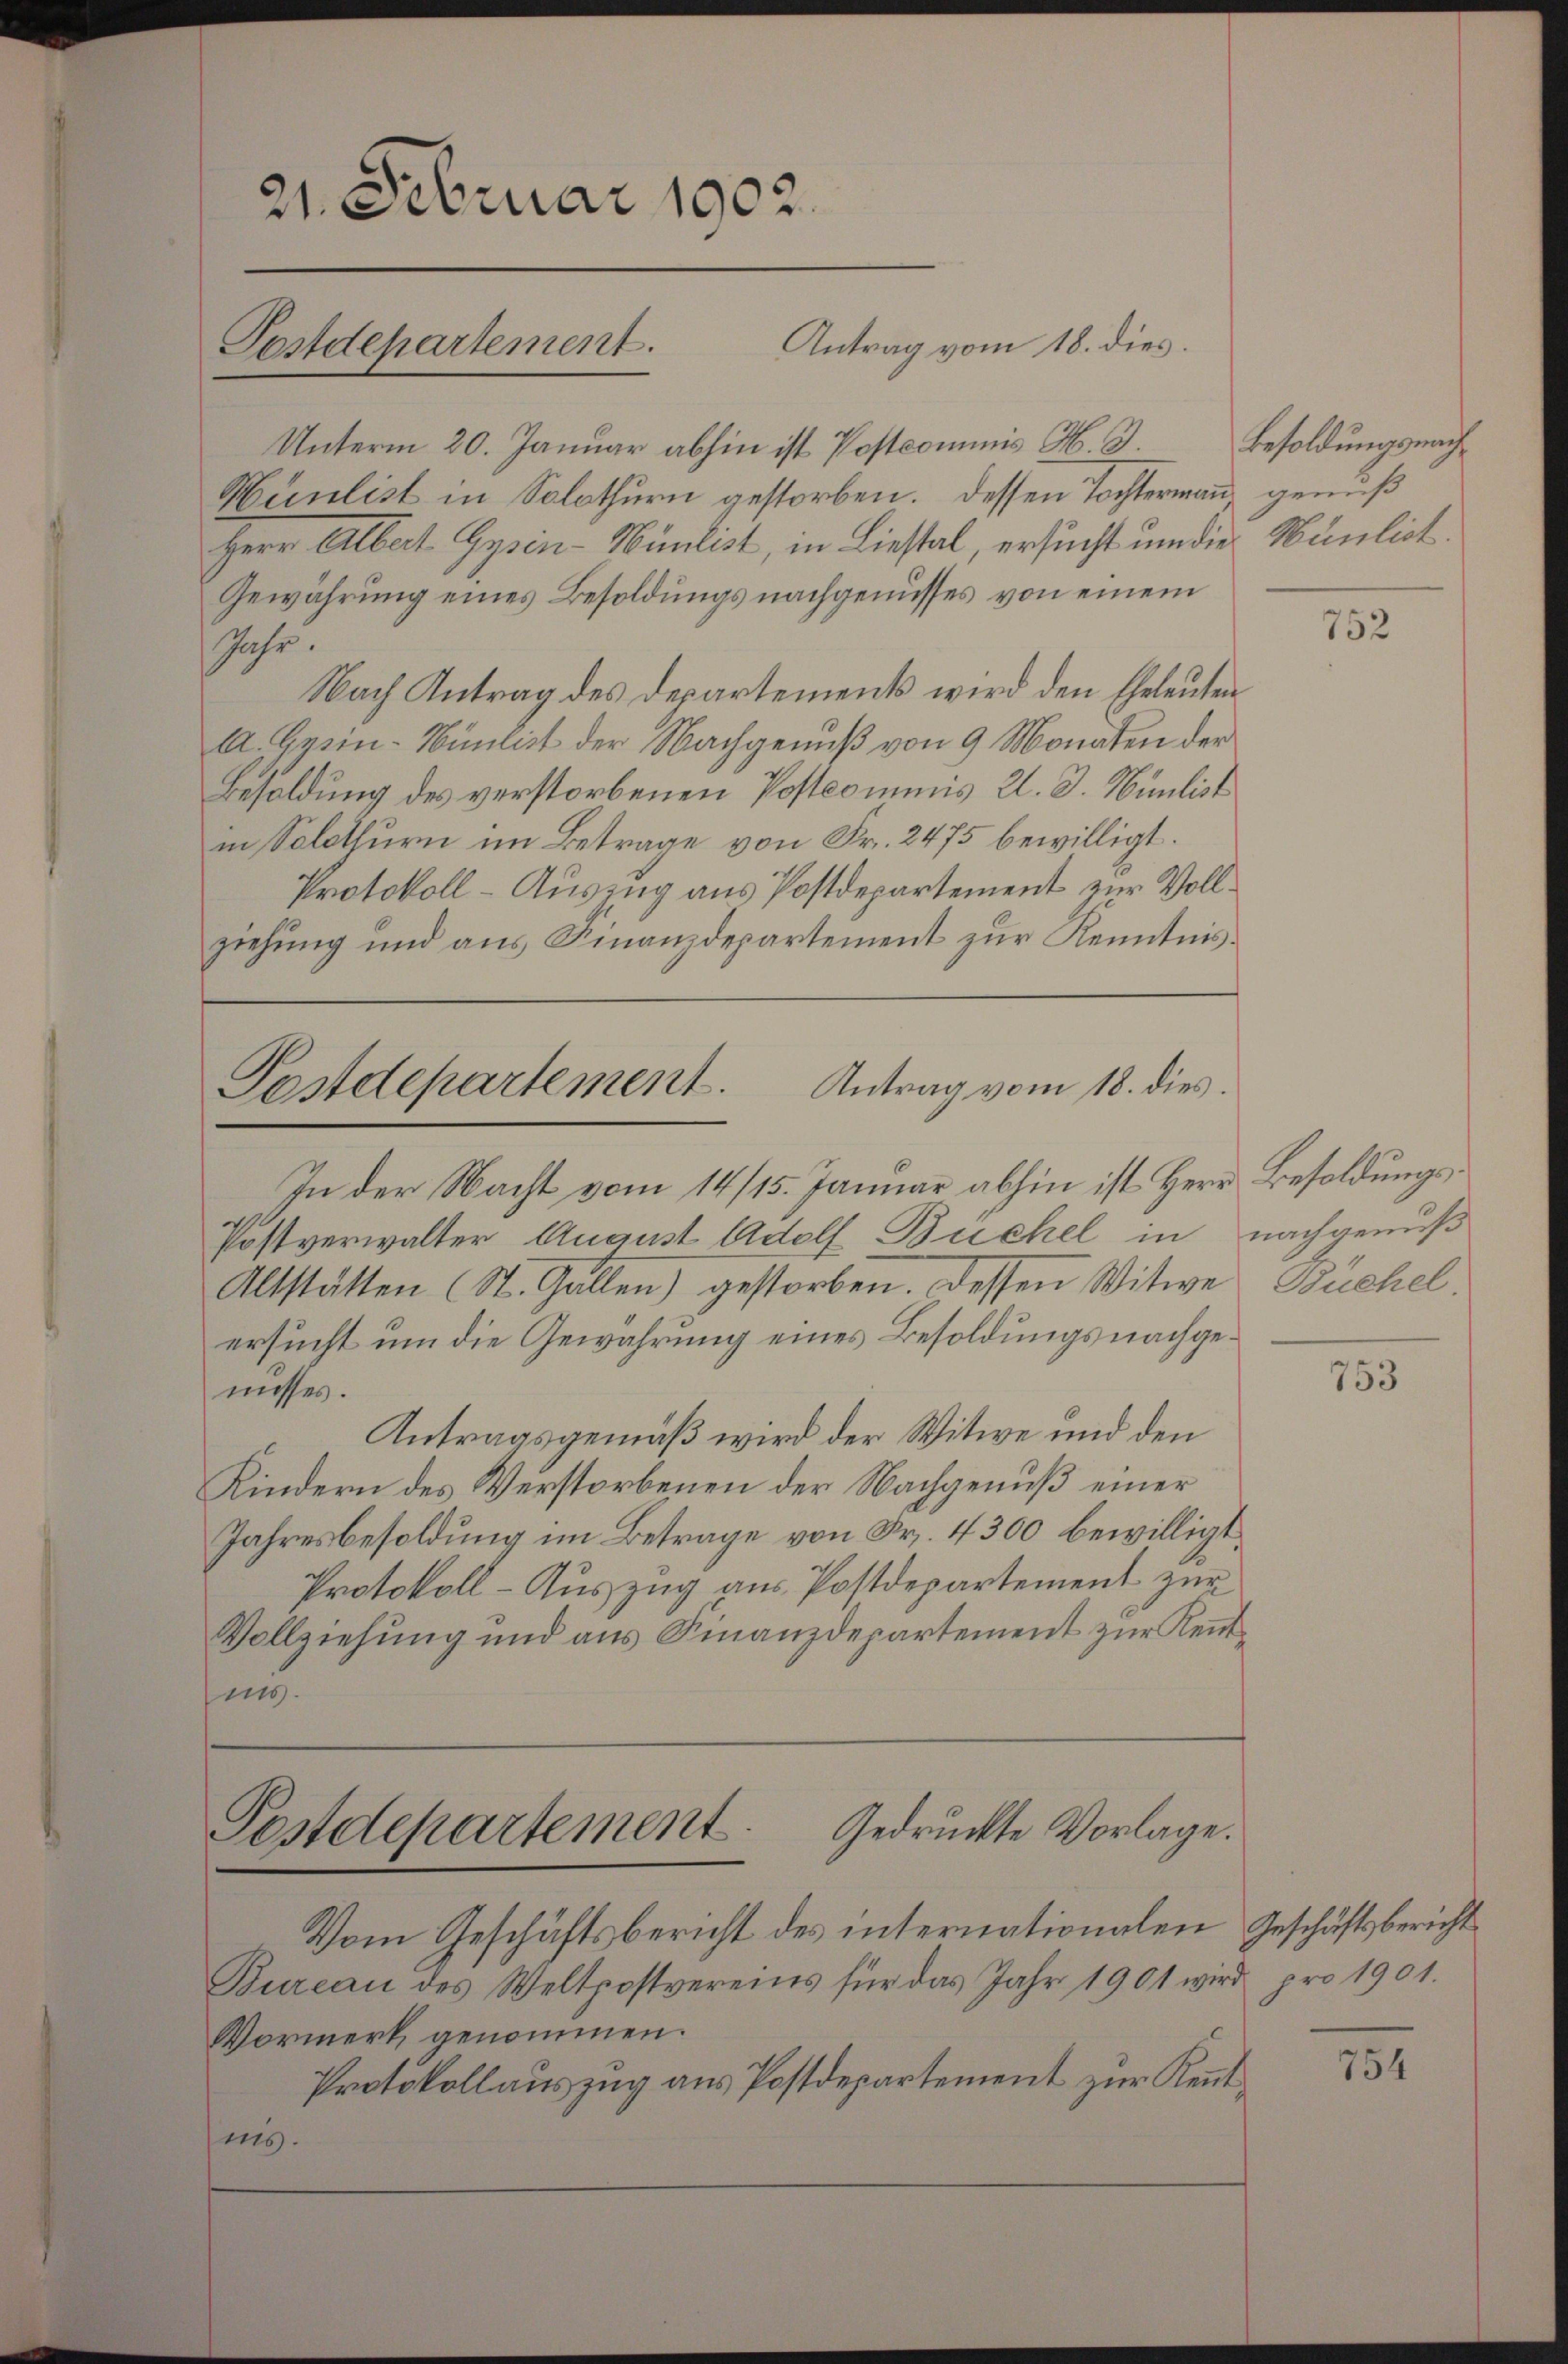
21. Februar 1902.

Pestdepartement.

Antrag vom 18. dies

Unterm 20. Januar abhin ist Postcommis H. Besoldungsnach¬
Hünlist in Solothurn gestorben. Dessen Tochtermann, genuß
Herr Albat Gysin-Hünlist, in Liestal, ersucht um die Hänlist
Gewährung eines Besoldungs nachgenusses von einem
Jahr.
Nach Antrag des Departements wird den Eheleuten
A. Gysin-Nünlist der Nachgenuß von 9 Monaten der
Besoldung des verstorbenen Postcommis 2. d. Nünlist
in Solothurn im Betrage von Fr. 2475 bewilligt.
Protokoll-Auszug aus Postdepartement zur Vollziehung und aus Finanzdepartement zur Kenntnis¬

Postdepartement. Antrag vom 18. dies

Gedruckte Vorlage.
Postdepartement

Vom Geschäftsbericht des internationalen Geschäftsbericht
Bureau des Weltpostvereins für das Jahr 1901 wird pro 1901.
Vormerk genommen.
Protokollauszug aus Postdepartement zur Kenntis.

In der Nacht vom 14/15. Januar abhin ist Herr Besoldungs¬
Postverwalter August Adolf Buchel in nachgenuß
Altstätten (St. Gallen) gestorben. Dessen Witwe Büchel
ersucht um die Gewährung eines Besoldungsnachgemisses.
Antragsgemäß wird der Witwe und den
Kindern des Verstorbenen der Nachgenuß einer
Jahresbesoldung im Betrage von Fr. 4300 bewilligt
Protokoll-Auszug aus Postdepartement zur
Vollziehung und aus Finanzdepartement zur Kenntins.

752

753

754